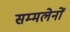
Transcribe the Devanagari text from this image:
सम्मलेनों